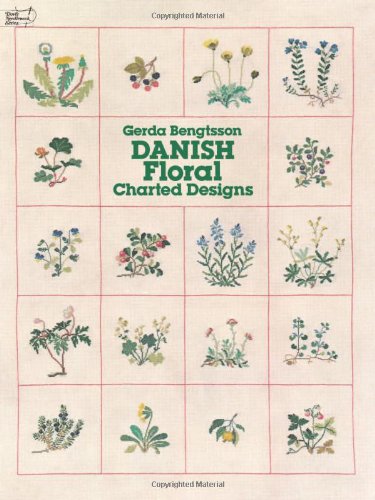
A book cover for Danish Floral Charted Designs (Dover Embroidery, Needlepoint); Gerda Bengtsson; Crafts, Hobbies & Home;